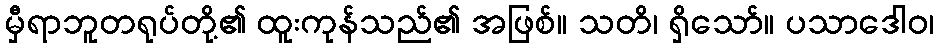
မှီရာဘူတရုပ်တို့၏ ထူးကုန်သည်၏ အဖြစ်။ သတိ၊ ရှိသော်။ ပသာဒေါဝ၊